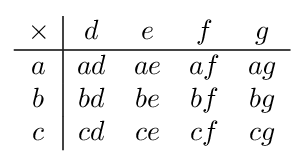
{\begin{array}{c|cccc}\times &d&e&f&g\\\hline a&ad&ae&af&ag\\b&bd&be&bf&bg\\c&cd&ce&cf&cg\end{array}}